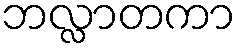
ဘလ္လာတကာ